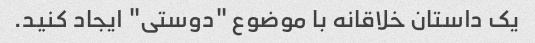
یک داستان خلاقانه با موضوع "دوستی" ایجاد کنید.